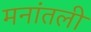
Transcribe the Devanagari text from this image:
मनांतली